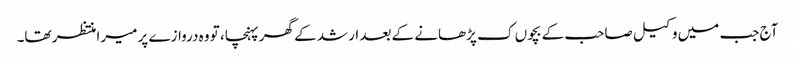
آج جب میں وکیل صاحب کے بچوں ک پڑھانے کے بعد ارشد کے گھر پہنچا، تو وہ دروازے پر میرا منتظر تھا۔